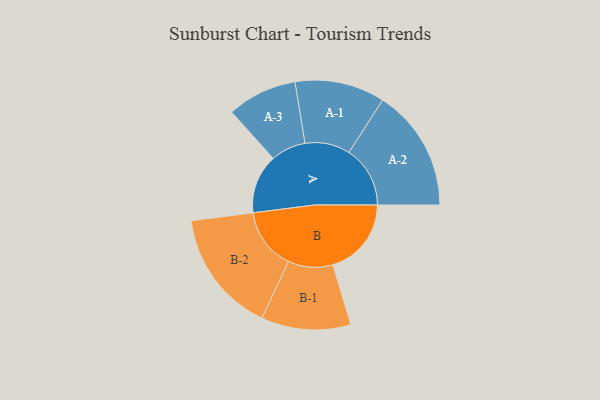
{"axis": {"x": "Segment", "y": "Value"}, "legend": ["", "A", "B"], "data": [{"x": "A", "y": 230, "type": ""}, {"x": "B", "y": 305, "type": ""}, {"x": "A-1", "y": 175, "type": "A"}, {"x": "A-2", "y": 238, "type": "A"}, {"x": "A-3", "y": 136, "type": "A"}, {"x": "B-1", "y": 174, "type": "B"}, {"x": "B-2", "y": 240, "type": "B"}]}